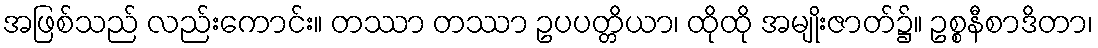
အဖြစ်သည် လည်းကောင်း။ တဿာ တဿာ ဥပပတ္တိယာ၊ ထိုထို အမျိုးဇာတ်၌။ ဥစ္စနီစာဒိတာ၊